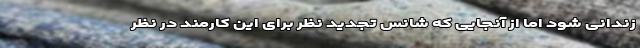
زندانی شود اما از آنجایی که شانس تجدید نظر برای این کارمند در نظر